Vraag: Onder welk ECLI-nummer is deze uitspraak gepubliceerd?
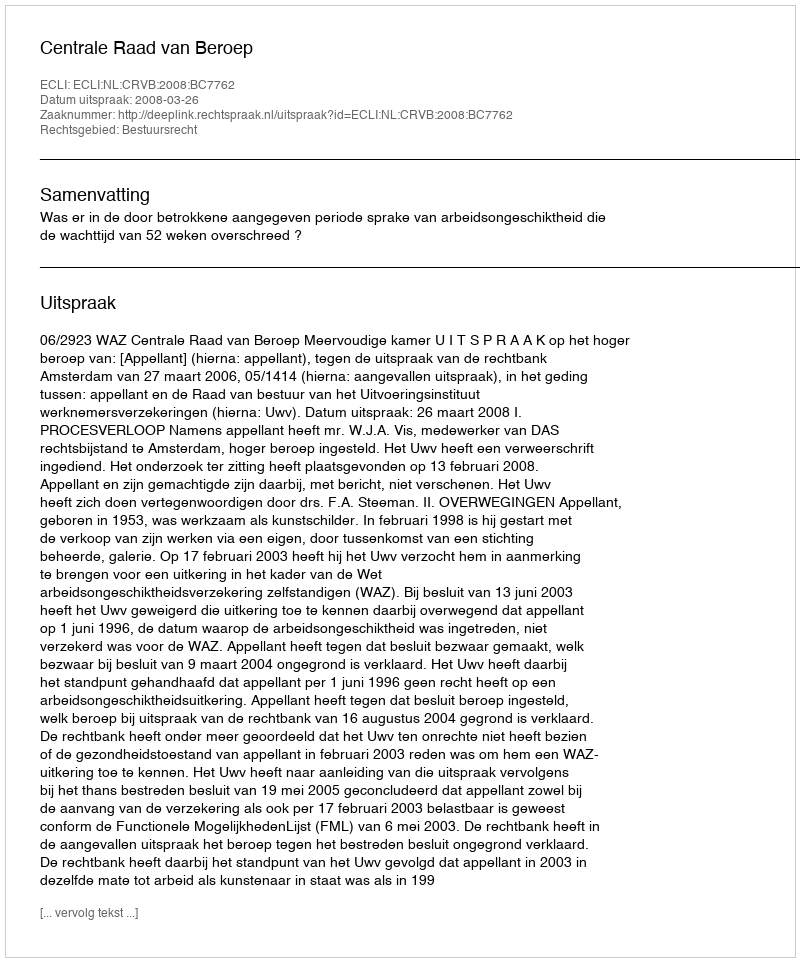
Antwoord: ECLI:NL:CRVB:2008:BC7762